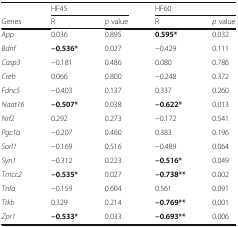
|  | <COLSPAN=2> HF45 | <COLSPAN=2> HF60 |
 | Genes | R | p value | R | p value |
 | --- | --- | --- | --- | --- |
 | App | 0.036 | 0.895 | 0.595* | 0.032 |
 | Bdnf | −0.536* | 0.027 | −0.429 | 0.111 |
 | Casp3 | −0.181 | 0.486 | 0.080 | 0.786 |
 | Creb | 0.066 | 0.800 | −0.248 | 0.372 |
 | Fdnc5 | −0.403 | 0.137 | 0.337 | 0.260 |
 | Naat16 | −0.507* | 0.038 | −0.622* | 0.013 |
 | Nrf2 | 0.292 | 0.273 | −0.172 | 0.541 |
 | Pgc1α | −0.207 | 0.460 | 0.383 | 0.196 |
 | Sorl1 | −0.169 | 0.516 | −0.489 | 0.064 |
 | Syn1 | −0.312 | 0.223 | −0.516* | 0.049 |
 | Tmcc2 | −0.535* | 0.027 | −0.738** | 0.002 |
 | Tnfα | −0.159 | 0.604 | 0.561 | 0.091 |
 | Trkb | 0.329 | 0.214 | −0.769** | 0.001 |
 | Zpr1 | −0.533* | 0.033 | −0.693** | 0.006 |